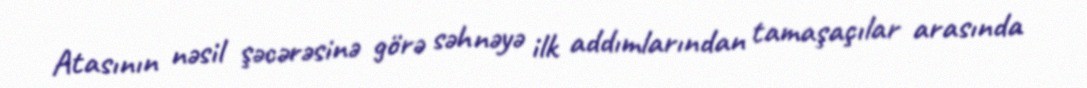
Atasının nəsil şəcərəsinə görə səhnəyə ilk addımlarından tamaşaçılar arasında